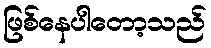
ဖြစ်နေပါတော့သည်